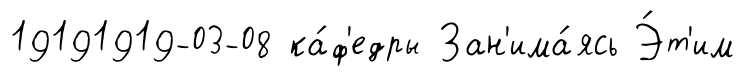
19191919-03-08 ка́ф'едры Зан'има́ясь Э́т'им